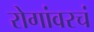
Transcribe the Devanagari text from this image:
रोगांवरचं